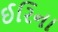
ઈરિના